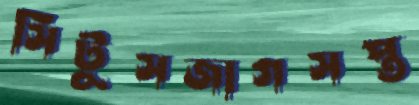
সিটুসজাগসপ্ত